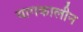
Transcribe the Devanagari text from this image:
यागकालीन